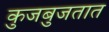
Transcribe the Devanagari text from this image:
कुजबुजतात